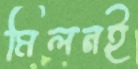
মিলনই